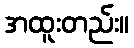
အထူးတည်း။